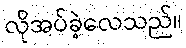
လိုအပ်ခဲ့လေသည်။